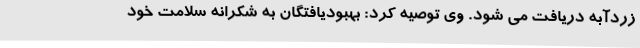
زردآبه دریافت می شود. وی توصیه کرد: بهبودیافتگان به شکرانه سلامت خود